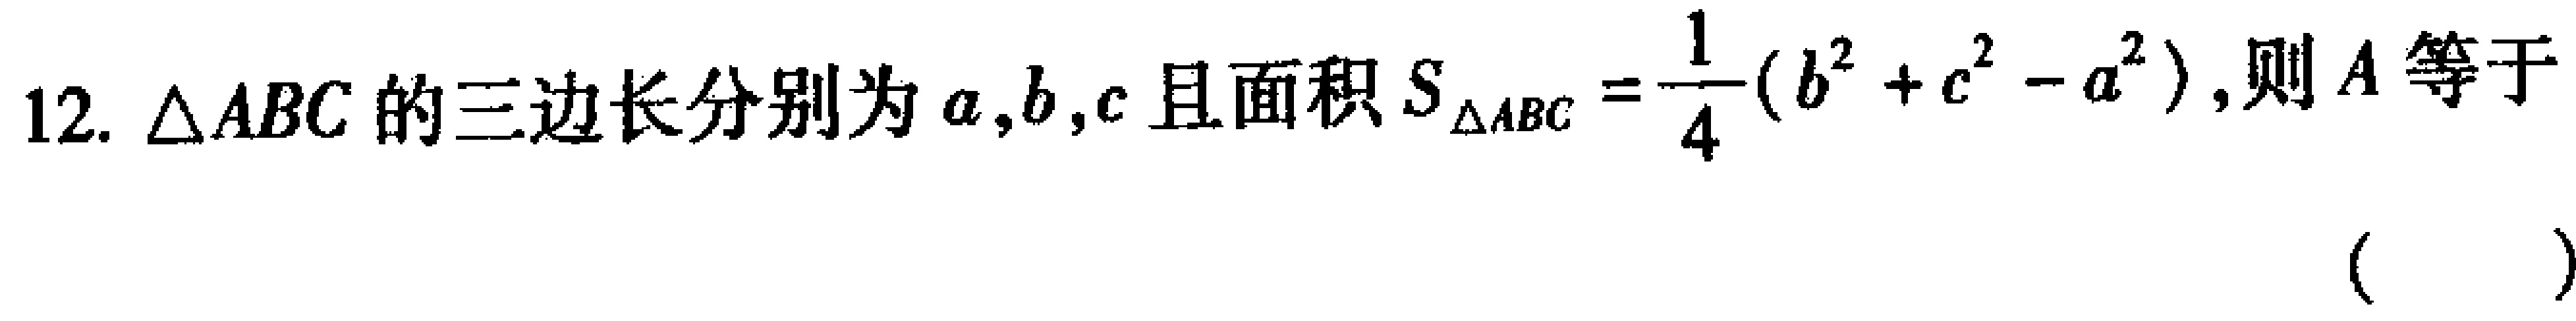
12. $\triangle ABC$的三边长分别为$a,b,c$且面积$S_{\triangle ABC}=\dfrac{1}{4}(b^{2}+c^{2}-a^{2})$,则$A$等于 （  ）